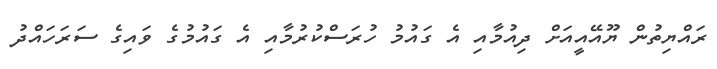
ރައްޔިތުން ޔޫއޭއީއަށް ދިއުމާއި އެ ގައުމު ހުރަސްކުރުމާއި އެ ގައުމުގެ ވައިގެ ސަރަހައްދު